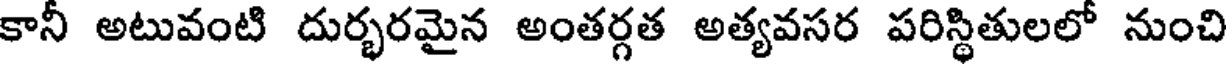
కానీ అటువంటి దుర్భరమైన అంతర్గత అత్యవసర పరిస్థితులలో నుంచి